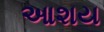
આશય